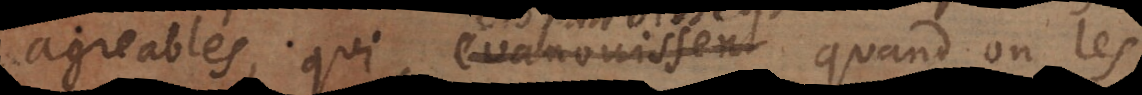
agreables, qui evanouissent quand on les